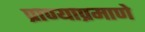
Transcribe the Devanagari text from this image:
प्राण्याप्रमाणे